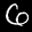
Label: 6